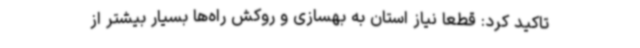
تاکید کرد: قطعا نیاز استان به بهسازی و روکش راه‌ها بسیار بیشتر از